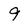
Character: 9